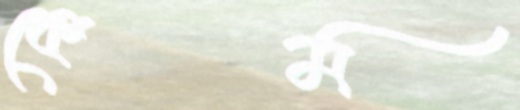
কেম